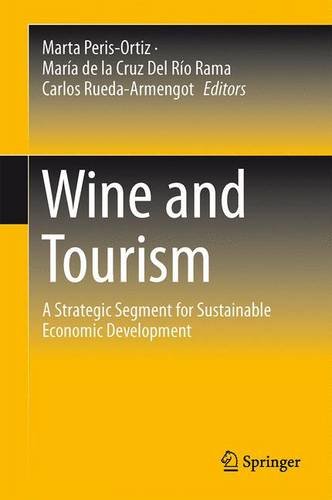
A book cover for Wine and Tourism: A Strategic Segment for Sustainable Economic Development; Business & Money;